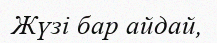
Жүзі бар айдай,